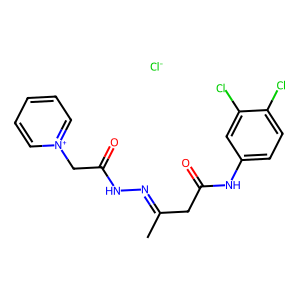
SMILES: CC(CC(=O)Nc1ccc(Cl)c(Cl)c1)=NNC(=O)C[n+]1ccccc1.[Cl-]
Inhibits HIV replication: No